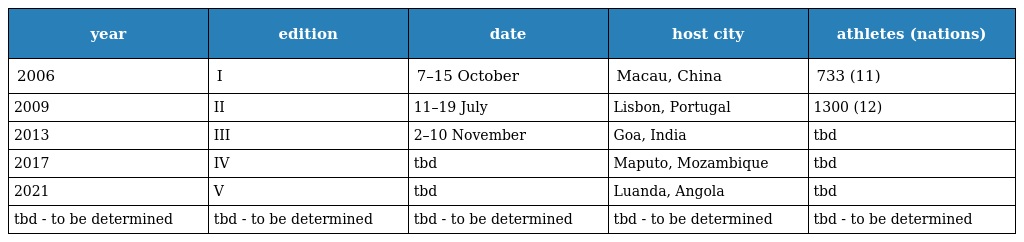
| year | edition | date | host city | athletes (nations) |
 | --- | --- | --- | --- | --- |
 | 2006 | I | 7–15 October | Macau, China | 733 (11) |
 | 2009 | II | 11–19 July | Lisbon, Portugal | 1300 (12) |
 | 2013 | III | 2–10 November | Goa, India | tbd |
 | 2017 | IV | tbd | Maputo, Mozambique | tbd |
 | 2021 | V | tbd | Luanda, Angola | tbd |
 | tbd - to be determined | tbd - to be determined | tbd - to be determined | tbd - to be determined | tbd - to be determined |